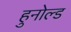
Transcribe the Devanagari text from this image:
हुनोल्ड